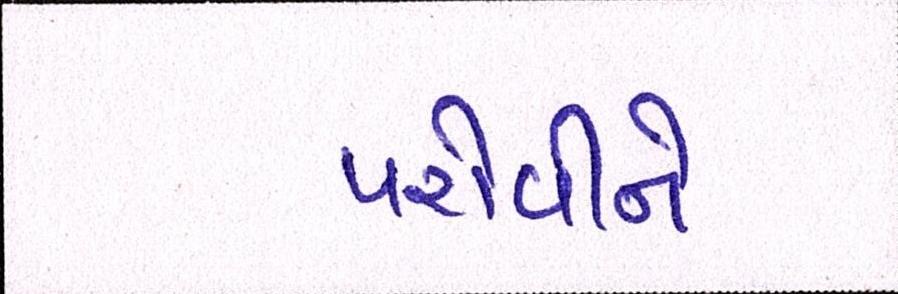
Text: પરોવીને